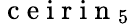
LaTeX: {\mathrm{~c~e~i~r~i~n~}}_{5}